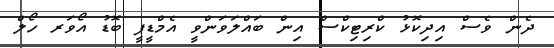
ދެން ވެސް އިދިކޮޅު ކްރިޓިކްސް އިން ބައްލަވަންވީ އެމްޑީޕީ ބޮޑު އޯވަރ ހޯލް